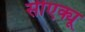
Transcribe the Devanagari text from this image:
सीएक्यू